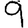
Digit: 9